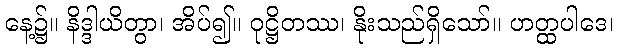
နေ့၌။ နိဒ္ဒါယိတွာ၊ အိပ်၍။ ဝုဋ္ဌိတဿ၊ နိုးသည်ရှိသော်။ ဟတ္ထပါဒေ၊